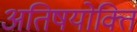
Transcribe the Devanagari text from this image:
अतिषयोक्ति